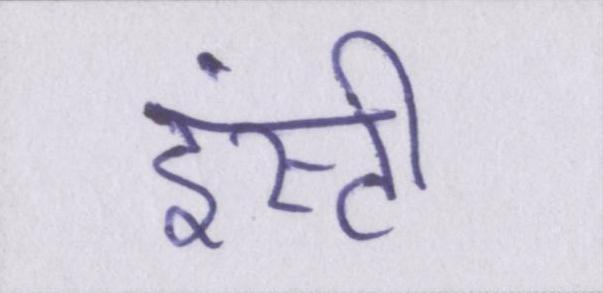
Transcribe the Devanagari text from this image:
इंस्टी